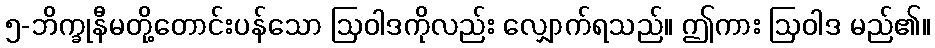
၅-ဘိက္ခုနီမတို့တောင်းပန်သော ဩဝါဒကိုလည်း လျှောက်ရသည်။ ဤကား ဩဝါဒ မည်၏။